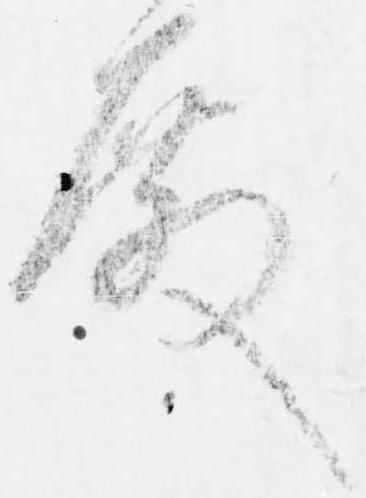
殿